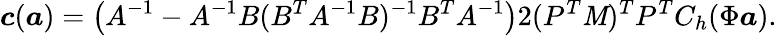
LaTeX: \boldsymbol{c}(\boldsymbol{a})=\left(A^{-1}-A^{-1}B(B^{T}A^{-1}B)^{-1}B^{T}A^{-1}\right)2(P^{T}\mathit{M})^{T}P^{T}C_{h}(\Phi\boldsymbol{a}).